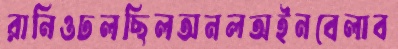
রানিওঢলছিলঅনলঅইনবেলাব